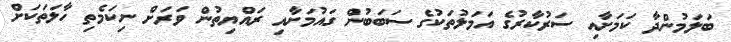
ބަލަމުންދާ ކަމަށާއި ސަރުކާރުގެ އަމަލުތަކުގެ ސަބަބުން ގައުމަށާއި ރައްޔިތުން ވަރަށް ނިކަމެތި ހާލަތަކަށް